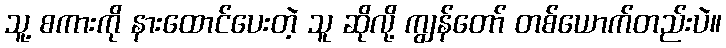
သူ့ စကားကို နားထောင်ပေးတဲ့ သူ ဆိုလို့ ကျွန်တော် တစ်ယောက်တည်းပဲ။